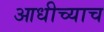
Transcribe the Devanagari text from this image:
आधीच्याच